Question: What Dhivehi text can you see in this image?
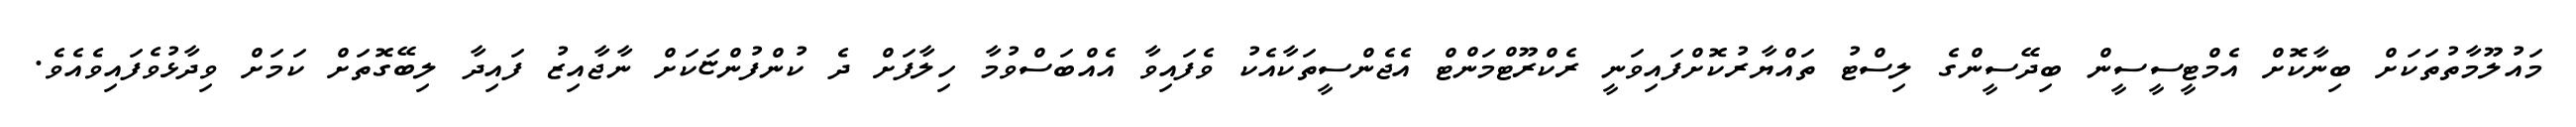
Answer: މައުލޫމާތުތަކަށް ބިނާކޮށް އެމްޓީސީސީން ބިދޭސީންގެ ލިސްޓު ތައްޔާރުކޮށްފައިވަނީ ރެކްރޫޓްމަންޓް އެޖެންސީތަކާއެކު ވެފައިވާ އެއްބަސްވުމާ ހިލާފަށް ދެ ކުންފުންޏަކަށް ނާޖާއިޒު ފައިދާ ލިބޭގޮތަށް ކަމަށް ވިދާޅުވެފައިވެއެވެ.